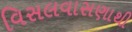
વિસલવાસણાથી